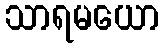
သာရမယော